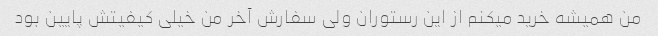
من همیشه خرید میکنم از این رستوران ولی سفارش آخر من خیلی کیفیتش پایین بود